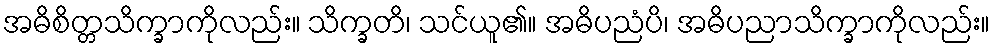
အဓိစိတ္တသိက္ခာကိုလည်း။ သိက္ခတိ၊ သင်ယူ၏။ အဓိပညံပိ၊ အဓိပညာသိက္ခာကိုလည်း။